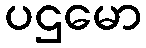
ပဌမော